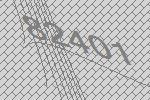
82401